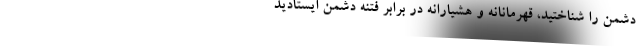
دشمن را شناختید، قهرمانانه و هشیارانه در برابر فتنه دشمن ایستادید